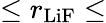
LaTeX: \le r_{\mathrm{LiF}}\le